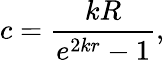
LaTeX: c=\frac{kR}{e^{2kr}-1},